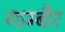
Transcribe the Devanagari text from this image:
गाम्बीर